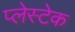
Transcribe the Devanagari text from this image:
प्लेस्टेक